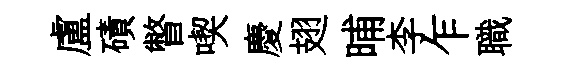
盧磧瞥喫慶翅晡李乍職